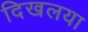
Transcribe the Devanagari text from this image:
दिखलया